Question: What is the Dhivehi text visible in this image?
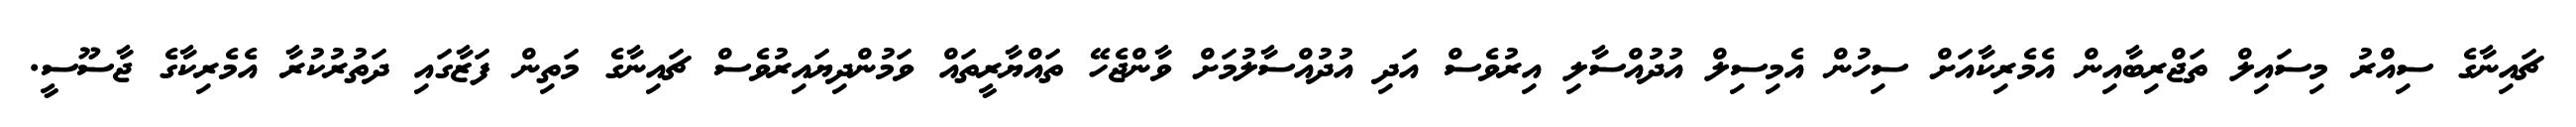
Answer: ޗައިނާގެ ސިއްރު މިސައިލް ތަޖްރިބާއިން އެމެރިކާއަށް ސިހުން އެމިސިލް އުދުއްސާލި އިރުވެސް އަދި އުދުއްސާލުމަށް ވާންޖެހޭ ތައްޔާރީތައް ވަމުންދިޔައިރުވެސް ޗައިނާގެ މަތިން ފަޒާގައި ދަތުރުކުރާ އެމެރިކާގެ ޖާސޫސީ.